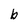
Character: b